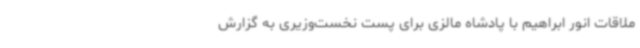
ملاقات انور ابراهیم با پادشاه مالزی برای پست نخست‌وزیری به گزارش